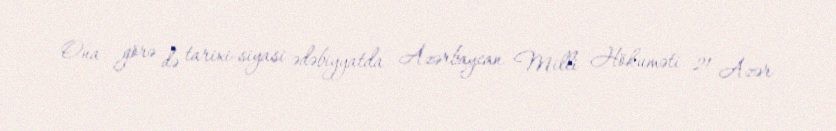
Ona görə də tarixi-siyasi ədəbiyyatda Azərbaycan Milli Hökuməti 21 Azər